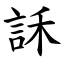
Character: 訸